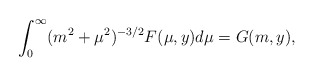
\begin{align*}\int_0^\infty (m^2 + \mu^2)^{-3/2} F(\mu, y) d\mu = G(m , y),\end{align*}